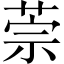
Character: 萗